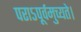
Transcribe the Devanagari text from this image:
पराऽपूर्वमुच्यते।